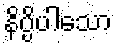
နိပ္ပိပါသော